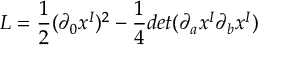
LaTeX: L = \frac { 1 } { 2 } ( \partial _ { 0 } x ^ { I } ) ^ { 2 } - \frac { 1 } { 4 } d e t ( \partial _ { a } x ^ { I } \partial _ { b } x ^ { I } )